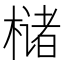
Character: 槠